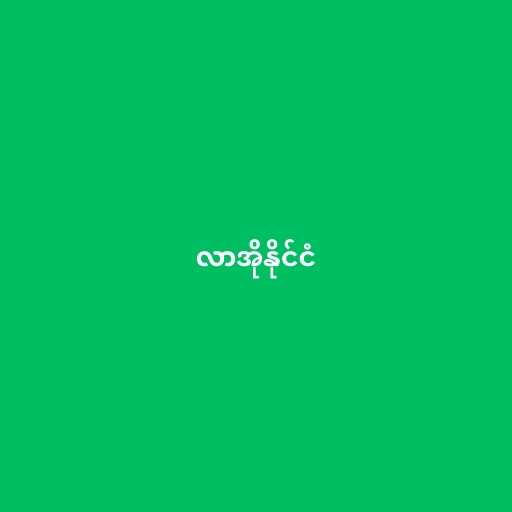
လာအိုနိုင်ငံ